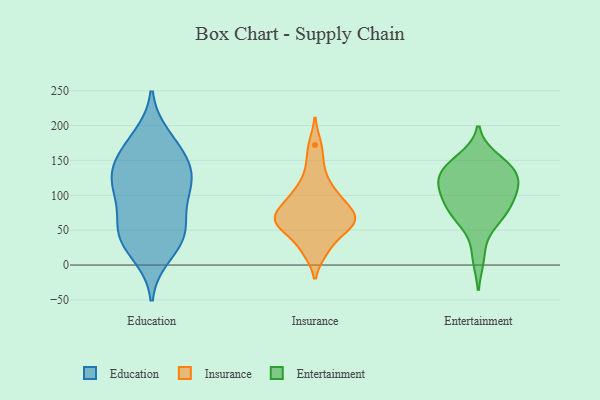
{"axis": {"x": "Headcount", "y": "Value"}, "legend": ["Education", "Entertainment", "Insurance"], "data": [{"x": "", "y": 44, "type": "Education"}, {"x": "", "y": 124, "type": "Education"}, {"x": "", "y": 43, "type": "Education"}, {"x": "", "y": 160, "type": "Education"}, {"x": "", "y": 88, "type": "Education"}, {"x": "", "y": 16, "type": "Education"}, {"x": "", "y": 46, "type": "Education"}, {"x": "", "y": 131, "type": "Education"}, {"x": "", "y": 46, "type": "Education"}, {"x": "", "y": 113, "type": "Education"}, {"x": "", "y": 104, "type": "Education"}, {"x": "", "y": 166, "type": "Education"}, {"x": "", "y": 182, "type": "Education"}, {"x": "", "y": 135, "type": "Education"}, {"x": "", "y": 65, "type": "Insurance"}, {"x": "", "y": 55, "type": "Insurance"}, {"x": "", "y": 114, "type": "Insurance"}, {"x": "", "y": 90, "type": "Insurance"}, {"x": "", "y": 57, "type": "Insurance"}, {"x": "", "y": 144, "type": "Insurance"}, {"x": "", "y": 109, "type": "Insurance"}, {"x": "", "y": 59, "type": "Insurance"}, {"x": "", "y": 172, "type": "Insurance"}, {"x": "", "y": 23, "type": "Insurance"}, {"x": "", "y": 20, "type": "Insurance"}, {"x": "", "y": 52, "type": "Insurance"}, {"x": "", "y": 80, "type": "Insurance"}, {"x": "", "y": 90, "type": "Insurance"}, {"x": "", "y": 68, "type": "Insurance"}, {"x": "", "y": 72, "type": "Insurance"}, {"x": "", "y": 84, "type": "Entertainment"}, {"x": "", "y": 106, "type": "Entertainment"}, {"x": "", "y": 65, "type": "Entertainment"}, {"x": "", "y": 151, "type": "Entertainment"}, {"x": "", "y": 136, "type": "Entertainment"}, {"x": "", "y": 70, "type": "Entertainment"}, {"x": "", "y": 12, "type": "Entertainment"}, {"x": "", "y": 103, "type": "Entertainment"}, {"x": "", "y": 74, "type": "Entertainment"}, {"x": "", "y": 138, "type": "Entertainment"}, {"x": "", "y": 133, "type": "Entertainment"}, {"x": "", "y": 110, "type": "Entertainment"}, {"x": "", "y": 137, "type": "Entertainment"}, {"x": "", "y": 113, "type": "Entertainment"}]}